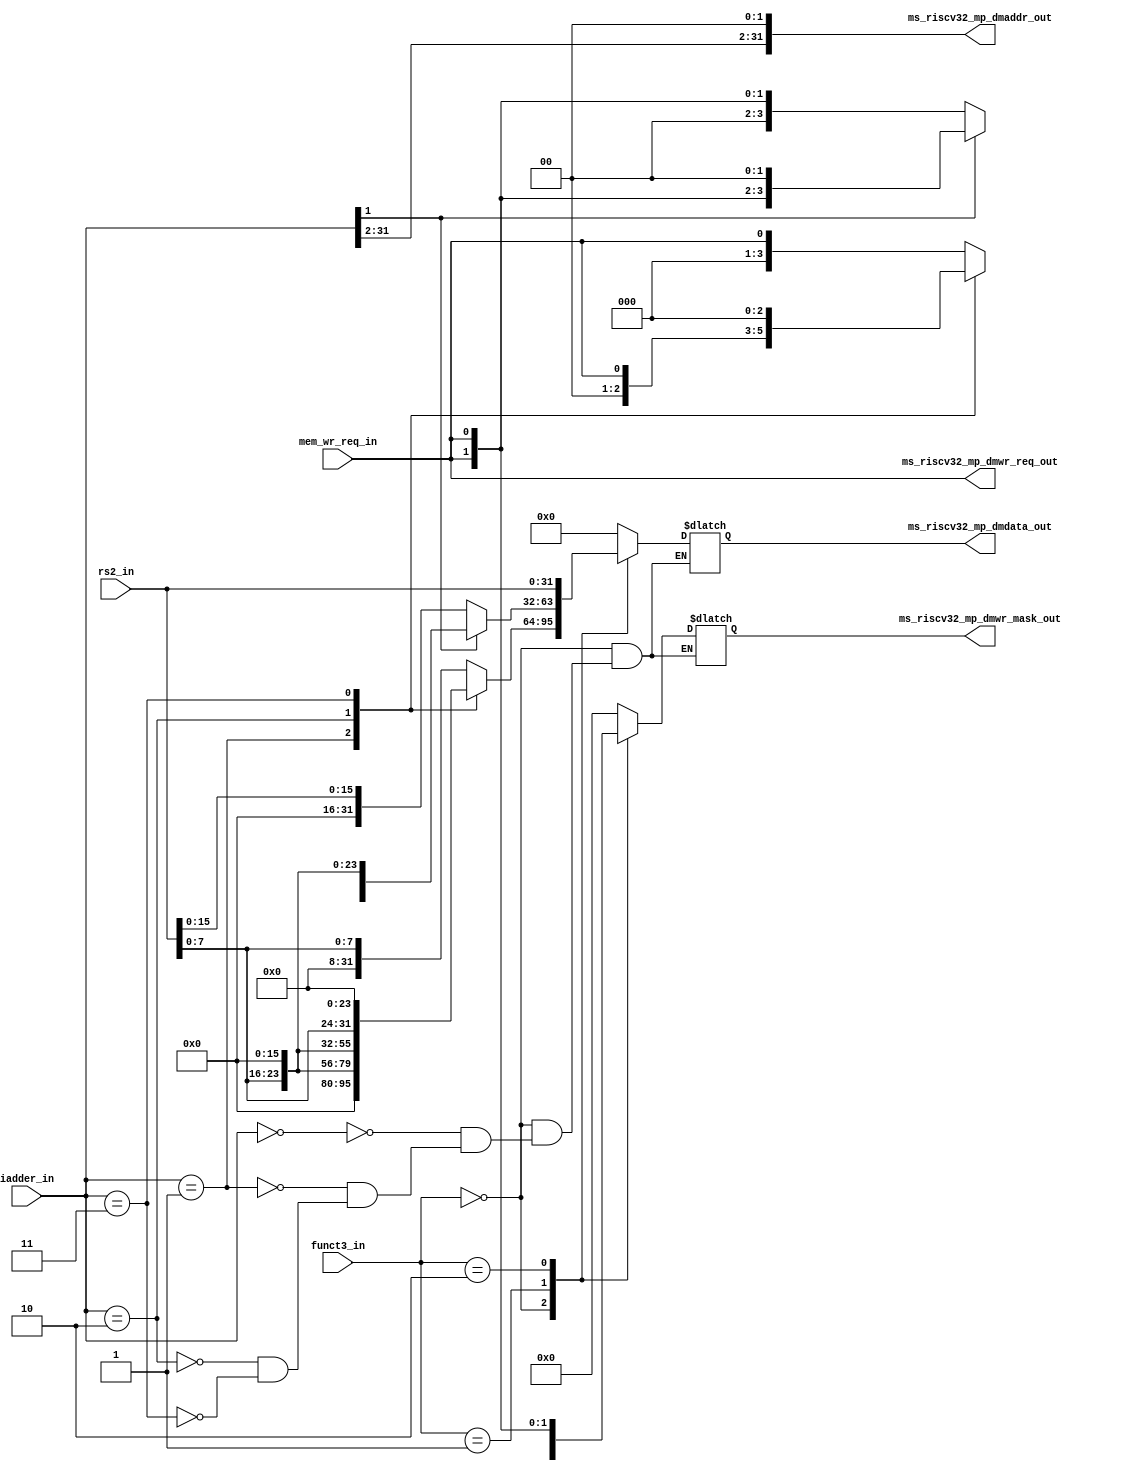
module msrv32_store_unit (funct3_in , iadder_in , rs2_in , mem_wr_req_in , ms_riscv32_mp_dmdata_out , ms_riscv32_mp_dmaddr_out , ms_riscv32_mp_dmwr_mask_out , ms_riscv32_mp_dmwr_req_out);
input [1:0] funct3_in ;
input [31:0] iadder_in;
input [31:0] rs2_in;
input mem_wr_req_in;
output reg[31:0] ms_riscv32_mp_dmdata_out ;
output wire [31:0] ms_riscv32_mp_dmaddr_out ;
output reg[3:0] ms_riscv32_mp_dmwr_mask_out;
output wire ms_riscv32_mp_dmwr_req_out;

assign ms_riscv32_mp_dmaddr_out = {iadder_in[31:2],2'b00};
assign ms_riscv32_mp_dmwr_req_out = mem_wr_req_in;

always @ (*)
begin
case (funct3_in)
2'b00 : 
begin
case(iadder_in)
2'b00:
ms_riscv32_mp_dmdata_out = {8'b0 , 8'b0 , 8'b0 ,rs2_in[7:0]};
2'b01:
ms_riscv32_mp_dmdata_out = {8'b0 , 8'b0 ,rs2_in[7:0],8'b0};
2'b10:
ms_riscv32_mp_dmdata_out = {8'b0 ,rs2_in[7:0] ,8'b0 , 8'b0 };
2'b11:
ms_riscv32_mp_dmdata_out = {rs2_in[7:0],8'b0 , 8'b0 , 8'b0};
endcase
end
2'b01:
begin
case(iadder_in[1])
1'b0 :
ms_riscv32_mp_dmdata_out = {16'b0 ,rs2_in [15:0]};
1'b1:
ms_riscv32_mp_dmdata_out = {rs2_in [15:0], 16'b0};
endcase
end
2'b10:
ms_riscv32_mp_dmdata_out = {rs2_in};
default:
ms_riscv32_mp_dmdata_out = 32'b0;
endcase
end

always @(*)
begin
case (funct3_in)
2'b00 : 
begin
case(iadder_in)
2'b00:
ms_riscv32_mp_dmwr_mask_out = {3'b0 , mem_wr_req_in};
2'b01:
ms_riscv32_mp_dmwr_mask_out = {2'b0 , mem_wr_req_in ,1'b0};
2'b10:
ms_riscv32_mp_dmwr_mask_out ={1'b0 , mem_wr_req_in,2'b0};
2'b11:
ms_riscv32_mp_dmwr_mask_out = {mem_wr_req_in , 3'b0};
endcase
end
2'b01:
begin
case(iadder_in[1])
1'b0:
ms_riscv32_mp_dmwr_mask_out = {2'b0 ,{2{mem_wr_req_in}}};
1'b1:
ms_riscv32_mp_dmwr_mask_out = {{2{mem_wr_req_in} }, 2'b0};
endcase
end
2'b10:
ms_riscv32_mp_dmwr_mask_out = {4{mem_wr_req_in}};
default:
ms_riscv32_mp_dmwr_mask_out = {4'b0};
endcase
end
endmodule